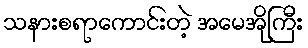
သနားစရာကောင်းတဲ့ အမေအိုကြီး